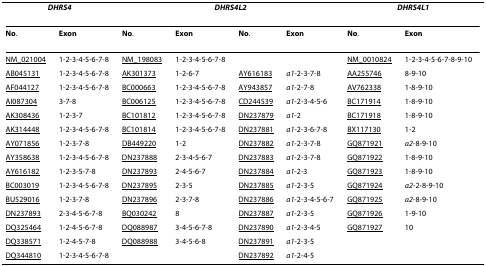
<table><thead><tr><td colspan="2"><b><i>DHRS4</i></b></td><td colspan="4"><b><i>DHRS4L2</i></b></td><td colspan="2"><b><i>DHRS4L1</i></b></td></tr></thead><tbody><tr><td><b>No</b>.</td><td><b>Exon</b></td><td><b>No</b>.</td><td><b>Exon</b></td><td><b>No</b>.</td><td><b>Exon</b></td><td><b>No</b>.</td><td><b>Exon</b></td></tr><tr><td>NM_021004</td><td>1-2-3-4-5-6-7-8</td><td>NM_198083</td><td>1-2-3-4-5-6-7-8</td><td></td><td></td><td>NM_0010824</td><td>1-2-3-4-5-6-7-8-9-10</td></tr><tr><td>AB045131</td><td>1-2-3-4-5-6-7-8</td><td>AK301373</td><td>1-2-6-7</td><td>AY616183</td><td><i>a1</i>-2-3-7-8</td><td>AA255746</td><td>8-9-10</td></tr><tr><td>AF044127</td><td>1-2-3-4-5-6-7-8</td><td>BC000663</td><td>1-2-3-4-5-6-7-8</td><td>AY943857</td><td><i>a1</i>-2-7-8</td><td>AV762338</td><td>1-8-9-10</td></tr><tr><td>AI087304</td><td>3-7-8</td><td>BC006125</td><td>1-2-3-4-5-6-7-8</td><td>CD244539</td><td><i>a1</i>-2-3-4-5-6</td><td>BC171914</td><td>1-8-9-10</td></tr><tr><td>AK308436</td><td>1-2-3-7</td><td>BC101812</td><td>1-2-3-4-5-6-7-8</td><td>DN237879</td><td><i>a1</i>-2</td><td>BC171918</td><td>1-8-9-10</td></tr><tr><td>AK314448</td><td>1-2-3-4-5-6-7-8</td><td>BC101814</td><td>1-2-3-4-5-6-7-8</td><td>DN237881</td><td><i>a1</i>-2-3-6-7-8</td><td>BX117130</td><td>1-2</td></tr><tr><td>AY071856</td><td>1-2-3-7-8</td><td>DB449220</td><td>1-2</td><td>DN237882</td><td><i>a1</i>-2-3-7-8</td><td>GQ871921</td><td><i>a2</i>-8-9-10</td></tr><tr><td>AY358638</td><td>1-2-3-4-5-6-7-8</td><td>DN237888</td><td>2-3-4-5-6-7</td><td>DN237883</td><td><i>a1</i>-2-3-7-8</td><td>GQ871922</td><td>1-8-9-10</td></tr><tr><td>AY616182</td><td>1-2-3-5-7-8</td><td>DN237893</td><td>2-4-5-6-7</td><td>DN237884</td><td><i>a1</i>-2-3</td><td>GQ871923</td><td>1-8-9-10</td></tr><tr><td>BC003019</td><td>1-2-3-4-5-6-7-8</td><td>DN237895</td><td>2-3-5</td><td>DN237885</td><td><i>a1</i>-2-3-5</td><td>GQ871924</td><td><i>a2</i>-2-8-9-10</td></tr><tr><td>BU529016</td><td>1-2-3-7-8</td><td>DN237896</td><td>2-3-7-8</td><td>DN237886</td><td><i>a1</i>-2-3-4-5-6-7</td><td>GQ871925</td><td><i>a2</i>-8-9-10</td></tr><tr><td>DN237893</td><td>2-3-4-5-6-7-8</td><td>BQ030242</td><td>8</td><td>DN237887</td><td><i>a1</i>-2-3-5</td><td>GQ871926</td><td>1-9-10</td></tr><tr><td>DQ325464</td><td>1-2-4-5-6-7-8</td><td>DQ088987</td><td>3-4-5-6-7-8</td><td>DN237890</td><td><i>a1</i>-2-3-4-5</td><td>GQ871927</td><td>10</td></tr><tr><td>DQ338571</td><td>1-2-4-5-7-8</td><td>DQ088988</td><td>3-4-5-6-8</td><td>DN237891</td><td><i>a1</i>-2-3-5</td><td></td><td></td></tr><tr><td>DQ344810</td><td>1-2-3-4-5-6-7-8</td><td></td><td></td><td>DN237892</td><td><i>a1</i>-2-4-5</td><td></td><td></td></tr></tbody></table>